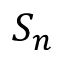
S _ { n }